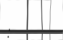
: